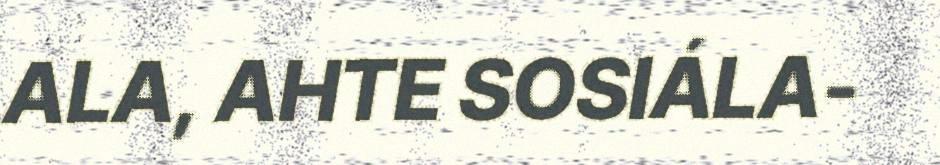
ALA, AHTE SOSIÁLA-